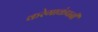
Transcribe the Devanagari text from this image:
करेगाकंपनी